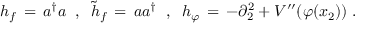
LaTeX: h _ { f } \, = \, a ^ { \dagger } a \; \; , \; \; { \tilde { h } } _ { f } \, = \, a a ^ { \dagger } \; \; , \; \; h _ { \varphi } \, = \, - \partial _ { 2 } ^ { 2 } + V ^ { \prime \prime } ( \varphi ( x _ { 2 } ) ) \; .